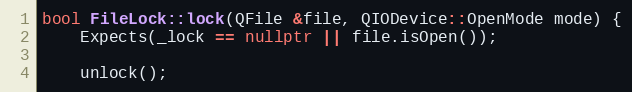
Language: C++
bool FileLock::lock(QFile &file, QIODevice::OpenMode mode) {
	Expects(_lock == nullptr || file.isOpen());

	unlock();